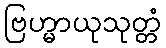
ဗြဟ္မာယုသုတ္တံ